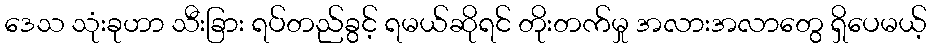
ဒေသ သုံးခုဟာ သီးခြား ရပ်တည်ခွင့် ရမယ်ဆိုရင် တိုးတက်မှု အလားအလာတွေ ရှိပေမယ့်